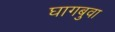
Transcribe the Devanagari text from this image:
घागबुवा